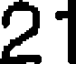
21